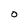
Character: O